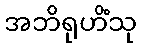
အဘိရုဟိံသု